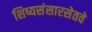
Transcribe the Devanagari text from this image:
शिष्यसंसारसेतवे